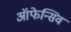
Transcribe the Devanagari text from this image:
ऑफेन्सिव